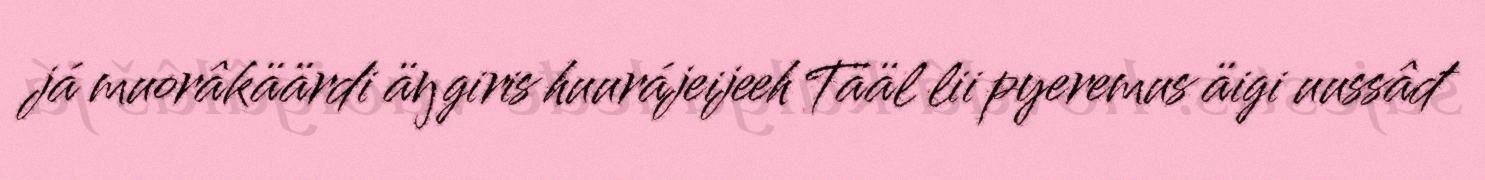
já muorâkäärdi äŋgiris huurájeijeeh Tääl lii pyeremus äigi uussâđ